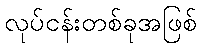
လုပ်ငန်းတစ်ခုအဖြစ်